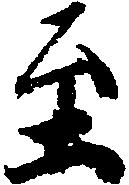
至